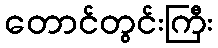
တောင်တွင်းကြီး